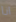
انا